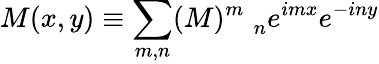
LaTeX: M(x,y)\equiv\sum_{m,n}(M)_{\quad n}^{m}e^{imx}e^{-iny}